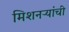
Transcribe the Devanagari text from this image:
मिशनऱ्यांची